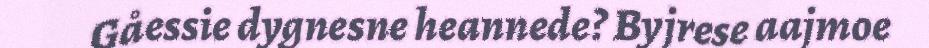
Gåessie dygnesne heannede? Byjrese aajmoe